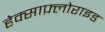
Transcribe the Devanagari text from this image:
हेक्साफ़्लोराइड